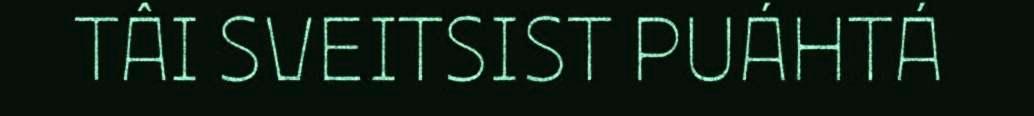
TÂI SVEITSIST PUÁHTÁ